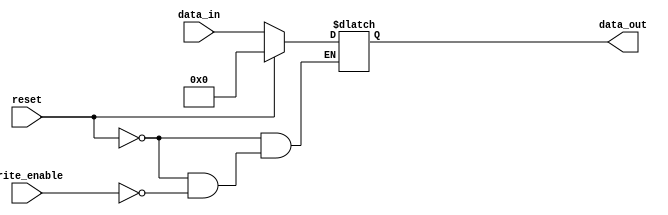
`timescale 1ns / 1ps
//////////////////////////////////////////////////////////////////////////////////
// Company: 
// Engineer: 
// 
// Design Name: 
// Module Name: register
// Project Name: 
// Target Devices: 
// Tool Versions: 
// Description: 
// 
// Dependencies: 
// 
// Revision:
// Revision 0.01 - File Created
// Additional Comments:
// 
//////////////////////////////////////////////////////////////////////////////////


module register(
    reset,
    data_in,
    data_out,
    write_enable
    );
    
    //Size of register
    parameter SIZE = 16;
    
    //I/O declarations
    input reset;
    input [SIZE-1:0]data_in;
    input write_enable;
    output reg [SIZE-1:0]data_out;
    
    initial begin
        data_out = 0;
    end
    
    always @(*) begin
        if (reset) data_out = 0;
        else if (write_enable) data_out = data_in;
    end
endmodule